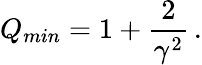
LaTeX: Q_{min}=1+\frac{2}{\gamma^{2}}\, .